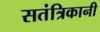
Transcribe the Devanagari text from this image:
सतंत्रिकानी